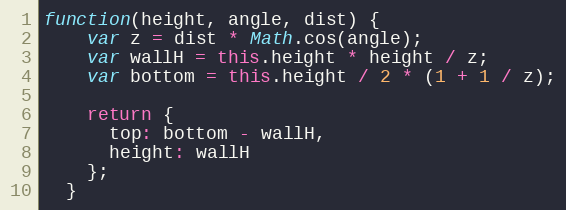
Language: JavaScript
function(height, angle, dist) {
    var z = dist * Math.cos(angle);
    var wallH = this.height * height / z;
    var bottom = this.height / 2 * (1 + 1 / z);

    return {
      top: bottom - wallH,
      height: wallH
    };
  }